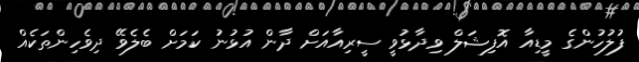
ފުލުހުންގެ މީޑިއާ އޮފިޝަލް ވިދާޅުވީ ސީރިއާއަށް ދާން އުޅުނު ކަމަށް ބެލެވޭ ދިވެހިންތަކެއް